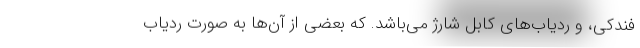
فندکی، و ردیاب‌های کابل شارژ می‌باشد. که بعضی از آن‌ها به صورت ردیاب